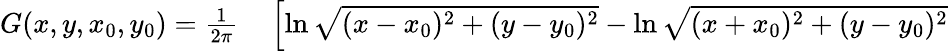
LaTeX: \begin{array}{rl}{G(x,y,x_{0},y_{0})={\frac{1}{2\pi}}}&{{}\left[\ln{\sqrt{(x-x_{0})^{2}+(y-y_{0})^{2}}}-\ln{\sqrt{(x+x_{0})^{2}+(y-y_{0})^{2}}}\right.}\end{array}